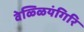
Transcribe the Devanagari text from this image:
वेळ्ळियंगिरि